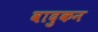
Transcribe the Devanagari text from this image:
वादुकन